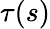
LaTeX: \tau(s)